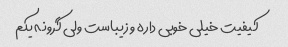
کیفیت خیلی خوبی داره و زیباست ولی گرونه یکم